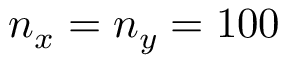
n _ { x } = n _ { y } = 1 0 0